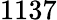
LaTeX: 1137